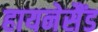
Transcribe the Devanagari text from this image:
हायनेसैंड